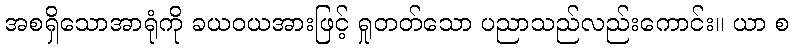
အစရှိသောအာရုံကို ခယဝယအားဖြင့် ရှုတတ်သော ပညာသည်လည်းကောင်း။ ယာ စ